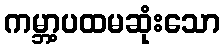
ကမ္ဘာ့ပထမဆုံးသော